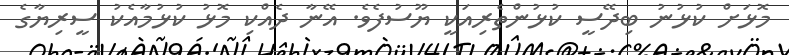
މޮޅަށް ކުޅުނު ބިދޭސީ ކުޅުންތެރިއަކީ ޔޫސުފެވެ. އޭނާ ދެއްކި މޮޅު ކުޅުމާއެކު ސީރިޔާގެ